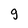
Character: g